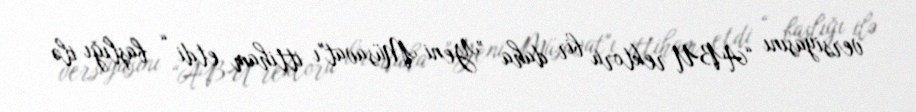
versiyasını “ABU rektoru bir daha ”Yeni Müsavat"ı ittiham etdi “ başlığı ilə